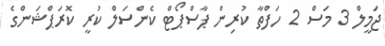
ޖަމީލް 3 މަސް 2 ހަފްތާ ކުރިން ޕާސްޕޯޓް ކެންސަލް ކުރީ ކޮރަޕްޝަންގެ